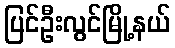
ပြင်ဦးလွင်မြို့နယ်